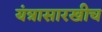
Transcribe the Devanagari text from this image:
यंत्रासारखीच